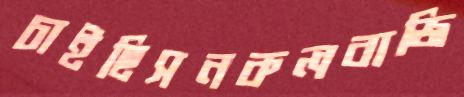
চাইছিসনকলবাজি